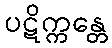
ပဋိက္ကန္တေ